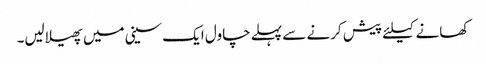
کھانے کیلئے پیش کرنے سے پہلے چاول ایک سینی میں پھیلالیں۔